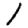
Digit: 1